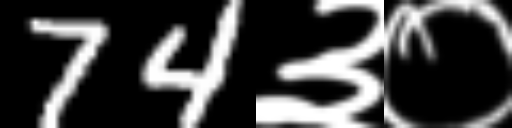
Text: 74३०